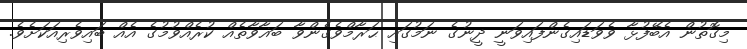
މިގޮތުން އެބޭފުޅާ ވެވަޑައިގެންފައިވަނީ ދީނުގެ ނަމުގައި ޙަރާމްވެގެންވާ ބަޣާވާތެއް ކުރެއްވުމުގެ އެއް ބައިވެރިއަކަށެވެ.